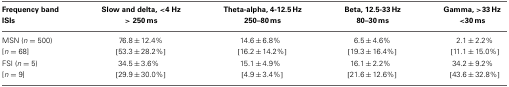
<table><thead><tr><td><b>Frequency band ISIs</b></td><td><b>Slow and delta, &lt;4 Hz &gt; 250 ms</b></td><td><b>Theta-alpha, 4-12.5 Hz 250–80 ms</b></td><td><b>Beta, 12.5-33 Hz 80–30 ms</b></td><td><b>Gamma, &gt;33 Hz &lt;30 ms</b></td></tr></thead><tbody><tr><td>MSN (<i>n</i> = 500)</td><td>76.8 ± 12.4 %</td><td>14.6 ± 6.8 %</td><td>6.5 ± 4.6 %</td><td>2.1 ± 2.2%</td></tr><tr><td>[<i>n</i> = 68]</td><td>[53.3 ± 28.2 %]</td><td>[16.2 ± 14.2 %]</td><td>[19.3 ± 16.4 %]</td><td>[11.1 ± 15.0 %]</td></tr><tr><td>FSI (<i>n</i> = 5)</td><td>34.5 ± 3.6 %</td><td>15.1 ± 4.9 %</td><td>16.1 ± 2.2 %</td><td>34.2 ± 9.2%</td></tr><tr><td>[<i>n</i> = 9]</td><td>[29.9 ± 30.0 %]</td><td>[4.9 ± 3.4 %]</td><td>[21.6 ± 12.6 %]</td><td>[43.6 ± 32.8 %]</td></tr></tbody></table>